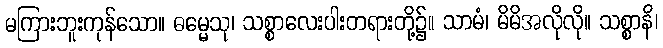
မကြားဘူးကုန်သော။ ဓမ္မေသု၊ သစ္စာလေးပါးတရားတို့၌။ သာမံ၊ မိမိအလိုလို။ သစ္စာနိ၊